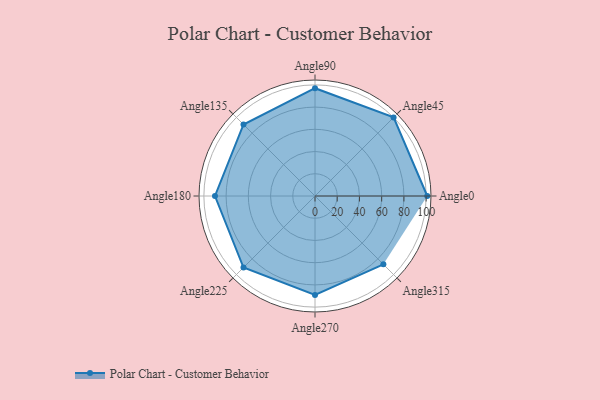
{"axis": {"x": "Angle", "y": "Radius"}, "legend": [""], "data": [{"x": "Angle0", "y": 101.0, "type": ""}, {"x": "Angle45", "y": 100.0, "type": ""}, {"x": "Angle90", "y": 97.0, "type": ""}, {"x": "Angle135", "y": 91.0, "type": ""}, {"x": "Angle180", "y": 90.0, "type": ""}, {"x": "Angle225", "y": 91.0, "type": ""}, {"x": "Angle270", "y": 89.0, "type": ""}, {"x": "Angle315", "y": 87.0, "type": ""}]}